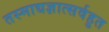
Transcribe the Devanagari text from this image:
तस्माद्यज्ञात्सर्वहुत